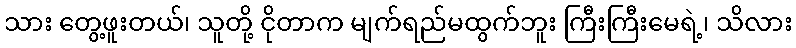
သား တွေ့ဖူးတယ်၊ သူတို့ ငိုတာက မျက်ရည်မထွက်ဘူး ကြီးကြီးမေရဲ့၊ သိလား